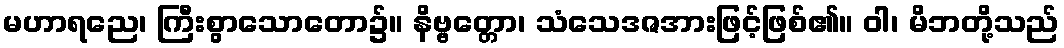
မဟာရညေ၊ ကြီးစွာသောတော၌။ နိဗ္ဗတ္တော၊ သံသေဒဇအားဖြင့်ဖြစ်၏။ ဝါ၊ မိဘတို့သည်